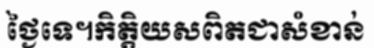
ថ្ងៃទេ។កិត្តិយសពិតជាសំខាន់